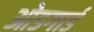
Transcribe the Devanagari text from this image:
ओडगार्ड